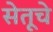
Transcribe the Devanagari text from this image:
सेतूचे